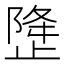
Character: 𰙳